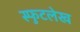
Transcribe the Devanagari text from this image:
स्फुटलेख